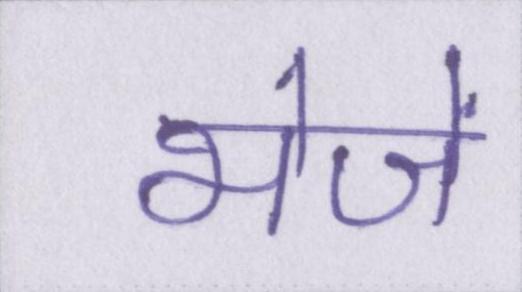
भेजें